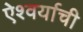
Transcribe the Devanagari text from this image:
ऐश्वर्याची